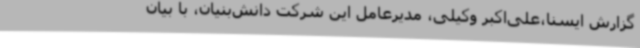
گزارش ایسنا،علی‌اکبر وکیلی، مدیرعامل این شرکت دانش‌بنیان، با بیان